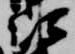
次